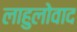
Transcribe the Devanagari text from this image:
लाहुलोवाद